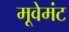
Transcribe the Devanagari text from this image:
मूवेमंट